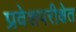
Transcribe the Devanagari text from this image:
प्रवेशपरीक्षेत